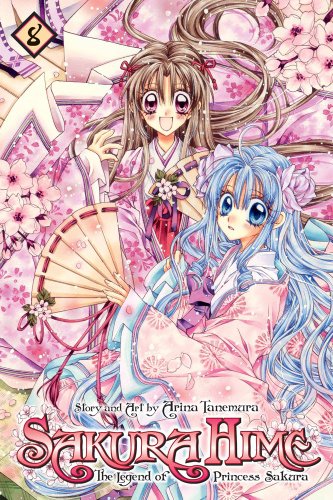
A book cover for Sakura Hime: The Legend of Princess Sakura , Vol. 8 (SAKURA HIME KADEN); Arina Tanemura; Teen & Young Adult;